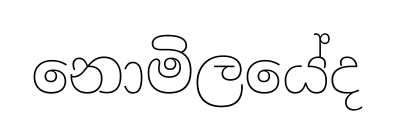
නොමිලයේද